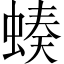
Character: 𧎝